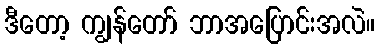
ဒီတော့ ကျွန်တော် ဘာအပြောင်းအလဲ။